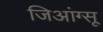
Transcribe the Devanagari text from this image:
जिआंग्सू